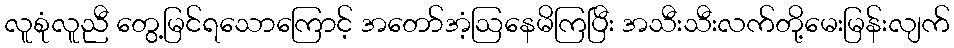
လူစုံလူညီ တွေ့မြင်ရသောကြောင့် အတော်အံ့ဩနေမိကြပြီး အသီးသီးလက်တို့မေးမြန်းလျက်